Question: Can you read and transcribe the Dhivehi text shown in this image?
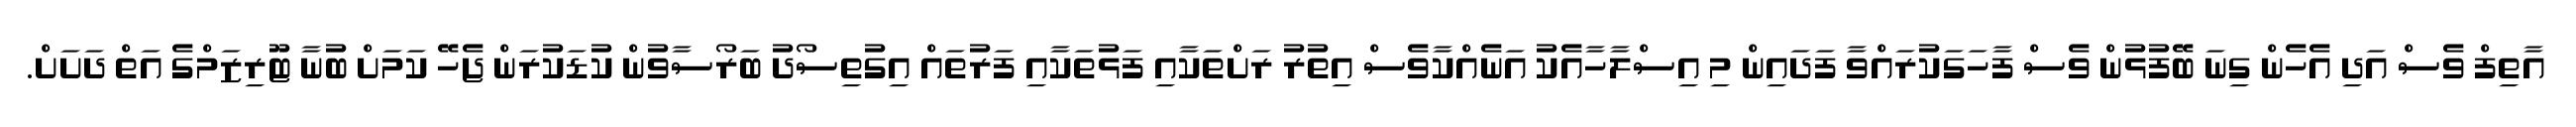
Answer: އާތިފް ވެސް އަދި އެހެން ގިނަ ބޭފުޅުން ވެސް ފާހަގަކުރައްވާ ފަދައިން މި އިސްލާހާއެކު އަނެއްކާވެސް އިތުރު ރަށްތަކާއި ފަޅުތަކާއި ފަރުތައް އިގުތިސޯދު ބަރޯސާވުން ކުޑަކުރަން ޖެހޭ ކަމަށް ބުނާ ޓޫރިޒަމްގެ އަތް ދަށަށް.